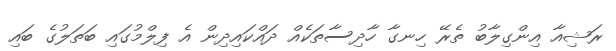
ރަޝިއާ އިންގިލާބު ތެރޭ ހިނގާ ހާދިސާތަކެއް ދައްކައިދިން އެ ފިލްމުގައި ބަތަލުގެ ބައި